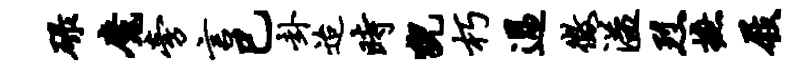
碌魔旁言巳卦迨时猊朽过征溢烈摭屐